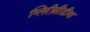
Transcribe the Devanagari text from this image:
ग्लिरीसीडीया